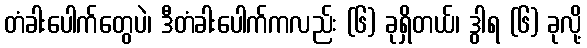
တံခါးပေါက်တွေပဲ၊ ဒီတံခါးပေါက်ကလည်း (၆) ခုရှိတယ်၊ ဒွါရ (၆) ခုလို့